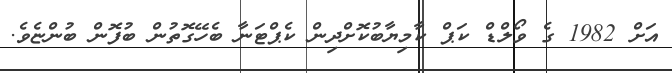
އަށް 1982 ގެ ވޯލްޑް ކަޕް ކާމިޔާބުކޮށްދިން ކެޕްޓަނާ ބެހޭގޮތުން ބުފޮން ބުންޏެވެ.